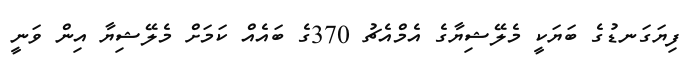
ފިޔަގަނޑުގެ ބަޔަކީ މެލޭޝިޔާގެ އެމްއެޗު 370ގެ ބައެއް ކަމަށް މެލޭޝިޔާ އިން ވަނީ